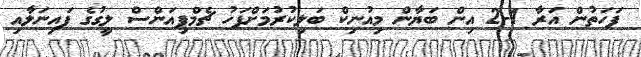
ފަހަތުން އަރާ 1-2 އިން ބަޔާން މިއުނިކް ބަލިކުރުމަށްފަހު ޗެމްޕިއަންސް ލީގުގެ ފައިނަލާއި